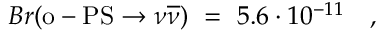
B r ( \mathrm { o - P S } \rightarrow \nu \overline { { { \nu } } } ) \ = \ 5 . 6 \cdot 1 0 ^ { - 1 1 } \ \ \ ,